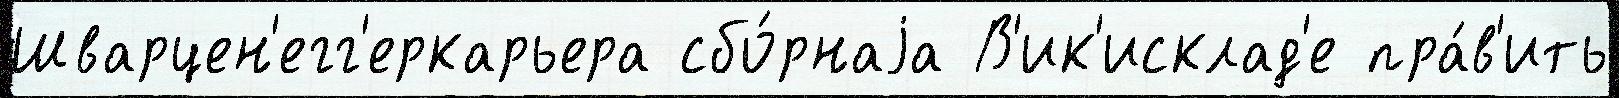
Шварцен'егг'еркарьера сбо́рнаjа В'ик'исклад'е пра́в'ить